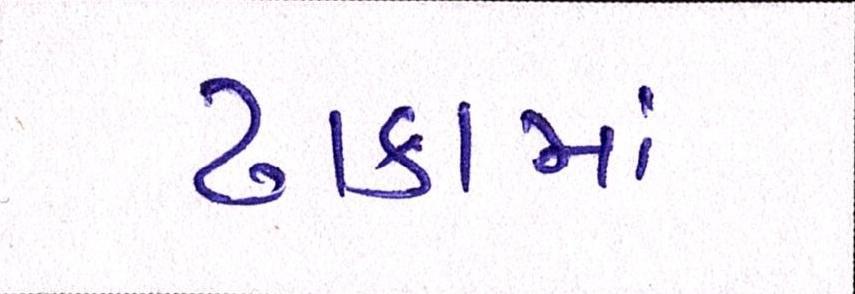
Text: ઢાકામાં